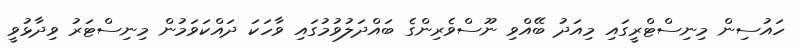
ހައުސިން މިނިސްޓްރީގައި މިއަދު ބޭއްވި ނޫސްވެރިންގެ ބައްދަލުވުމުގައި ވާހަކަ ދައްކަވަމުން މިނިސްޓަރު ވިދާޅުވީ